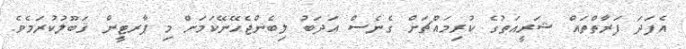
އެފަދަ ފަރާތްތައް ޝަރީޢަތުގެ ކުރިމައްޗަށް ގެނެސް އަދަބު ލިބެންޖެހޭނޭކަމަށް މި ޕާރޓީން ޤަބޫލުކުރަމެވެ.